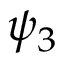
\psi _ { 3 }